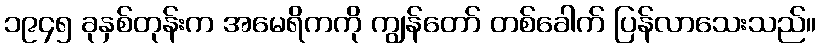
၁၉၄၅ ခုနှစ်တုန်းက အမေရိကကို ကျွန်တော် တစ်ခေါက် ပြန်လာသေးသည်။